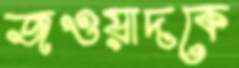
জওয়াদকে